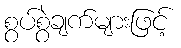
စွပ်စွဲချက်များဖြင့်